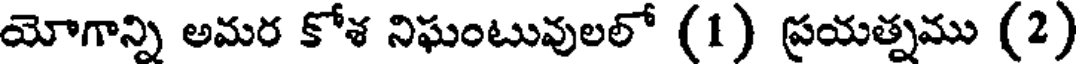
యోగాన్ని అమర కోశ నిఘంటువులలో (1) ప్రయత్నము (2)